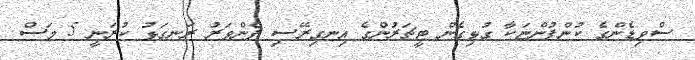
ސްވިޑެންގެ ކުންފުންޏަކާ ގުޅިގެން ޓީޗަރުންގެ އިނގިރޭސި ފެންވަރު ރަނގަޅު ކުރަނީ 5 މަސް